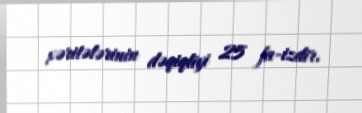
xəritələrinin dəqiqliyi 25 fa­izdir.